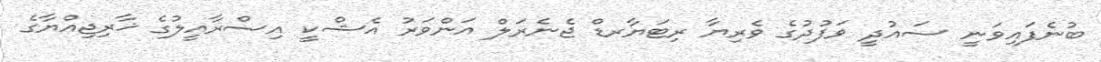
ބުނެފައިވަނީ ސައުދީ ވަފުދުގެ ވެރިޔާ ރިޓަޔާރޑް ޖެނެރަލް އަންވަރު އެޝްކީ އިސްރާއީލުގެ ޚާރިޖިއްޔާގެ